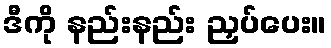
ဒီကို နည်းနည်း ညှပ်ပေး။